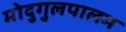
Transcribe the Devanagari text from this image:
मोदुगुलपालम